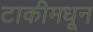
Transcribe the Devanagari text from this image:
टाकीमधून